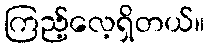
ကြည့်လေ့ရှိတယ်။